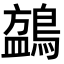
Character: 𬷧